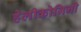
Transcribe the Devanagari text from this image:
हेलीकोनिनी